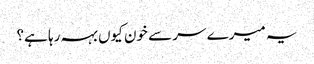
یہ میرے سر سے خون کیوں بہہ رہا ہے؟